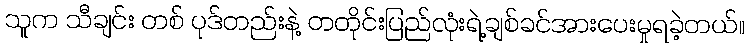
သူက သီချင်း တစ် ပုဒ်တည်းနဲ့ တတိုင်းပြည်လုံးရဲ့ချစ်ခင်အားပေးမှုရခဲ့တယ်။